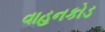
વાહનકોડ